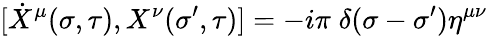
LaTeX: [\dot{X}^{\mu}(\sigma,\tau),X^{\nu}(\sigma^{\prime},\tau)]=-i\pi\; \delta(\sigma-\sigma^{\prime})\eta^{\mu\nu}